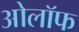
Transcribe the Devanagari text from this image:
ओलॉफ